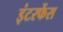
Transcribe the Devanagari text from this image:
इंटरफेंस